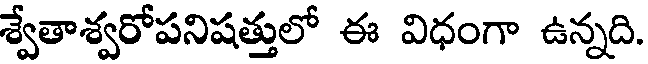
శ్వేతాశ్వరోపనిషత్తులో ఈ విధంగా ఉన్నది.